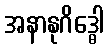
အနာနုဂိဒ္ဓေါ